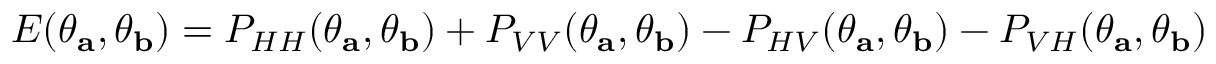
E ( \theta _ { \mathbf { a } } , \theta _ { \mathbf { b } } ) = P _ { H H } ( \theta _ { \mathbf { a } } , \theta _ { \mathbf { b } } ) + P _ { V V } ( \theta _ { \mathbf { a } } , \theta _ { \mathbf { b } } ) - P _ { H V } ( \theta _ { \mathbf { a } } , \theta _ { \mathbf { b } } ) - P _ { V H } ( \theta _ { \mathbf { a } } , \theta _ { \mathbf { b } } )